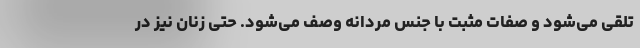
تلقی می‌شود و صفات مثبت با جنس مردانه وصف می‌شود. حتی زنان نیز در